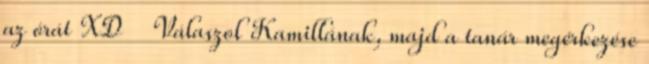
az órát XD Válaszol Kamillának, majd a tanár megérkezése